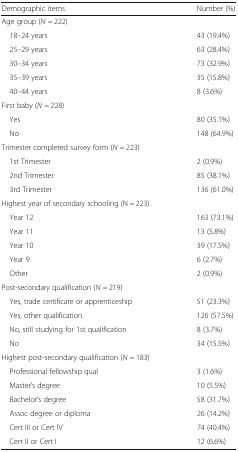
<table><thead><tr><td><b>Demographic items</b></td><td><b>Number (%)</b></td></tr></thead><tbody><tr><td colspan="2">Age group (<i>N</i> = 222)</td></tr><tr><td> 18–24 years</td><td>43 (19.4%)</td></tr><tr><td> 25–29 years</td><td>63 (28.4%)</td></tr><tr><td> 30–34 years</td><td>73 (32.9%)</td></tr><tr><td> 35–39 years</td><td>35 (15.8%)</td></tr><tr><td> 40–44 years</td><td>8 (3.6%)</td></tr><tr><td colspan="2">First baby (<i>N</i> = 228)</td></tr><tr><td> Yes</td><td>80 (35.1%)</td></tr><tr><td> No</td><td>148 (64.9%)</td></tr><tr><td colspan="2">Trimester completed survey form (<i>N</i> = 223)</td></tr><tr><td> 1st Trimester</td><td>2 (0.9%)</td></tr><tr><td> 2nd Trimester</td><td>85 (38.1%)</td></tr><tr><td> 3rd Trimester</td><td>136 (61.0%)</td></tr><tr><td colspan="2">Highest year of secondary schooling (N = 223)</td></tr><tr><td> Year 12</td><td>163 (73.1%)</td></tr><tr><td> Year 11</td><td>13 (5.8%)</td></tr><tr><td> Year 10</td><td>39 (17.5%)</td></tr><tr><td> Year 9</td><td>6 (2.7%)</td></tr><tr><td> Other</td><td>2 (0.9%)</td></tr><tr><td colspan="2">Post-secondary qualification (<i>N</i> = 219)</td></tr><tr><td> Yes, trade certificate or apprenticeship</td><td>51 (23.3%)</td></tr><tr><td> Yes, other qualification</td><td>126 (57.5%)</td></tr><tr><td> No, still studying for 1st qualification</td><td>8 (3.7%)</td></tr><tr><td> No</td><td>34 (15.5%)</td></tr><tr><td colspan="2">Highest post-secondary qualification (<i>N</i> = 183)</td></tr><tr><td> Professional fellowship qual</td><td>3 (1.6%)</td></tr><tr><td> Master’s degree</td><td>10 (5.5%)</td></tr><tr><td> Bachelor’s degree</td><td>58 (31.7%)</td></tr><tr><td> Assoc degree or diploma</td><td>26 (14.2%)</td></tr><tr><td> Cert III or Cert IV</td><td>74 (40.4%)</td></tr><tr><td> Cert II or Cert I</td><td>12 (6.6%)</td></tr></tbody></table>